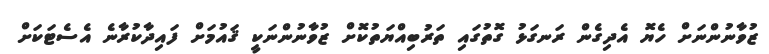
ޒުވާނުންނަށް ހެޔޮ އެދިގެން ރަނގަޅު ގޮތުގައި ތަރުބިއްޔަތުކޮށް ޒުވާނުންނަކީ ޤައުމަށް ފައިދާކުރާނެ އެސެޓަކަށް